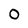
Character: 0